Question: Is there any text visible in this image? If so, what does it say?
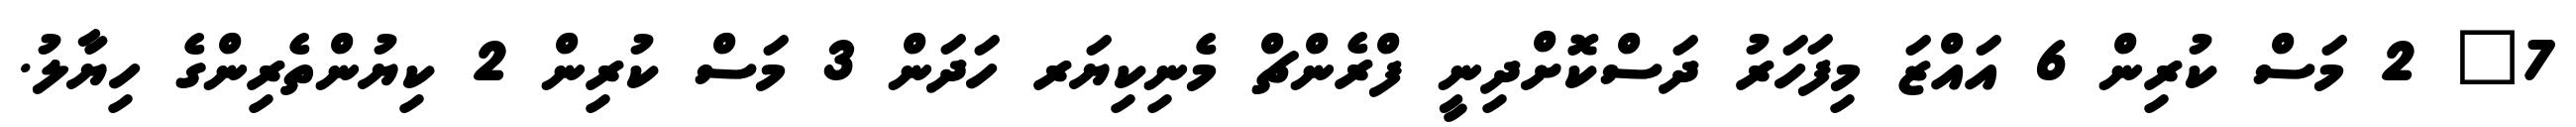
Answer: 7" 2 މަސް ކުރިން 6 އައްޒަ މިފަހަރު ދަސްކޮށްދިނީ ފްރެންޗް މެނިކިޔަރ ހަދަން 3 މަސް ކުރިން 2 ކިޔުންތެރިންގެ ހިޔާލު.